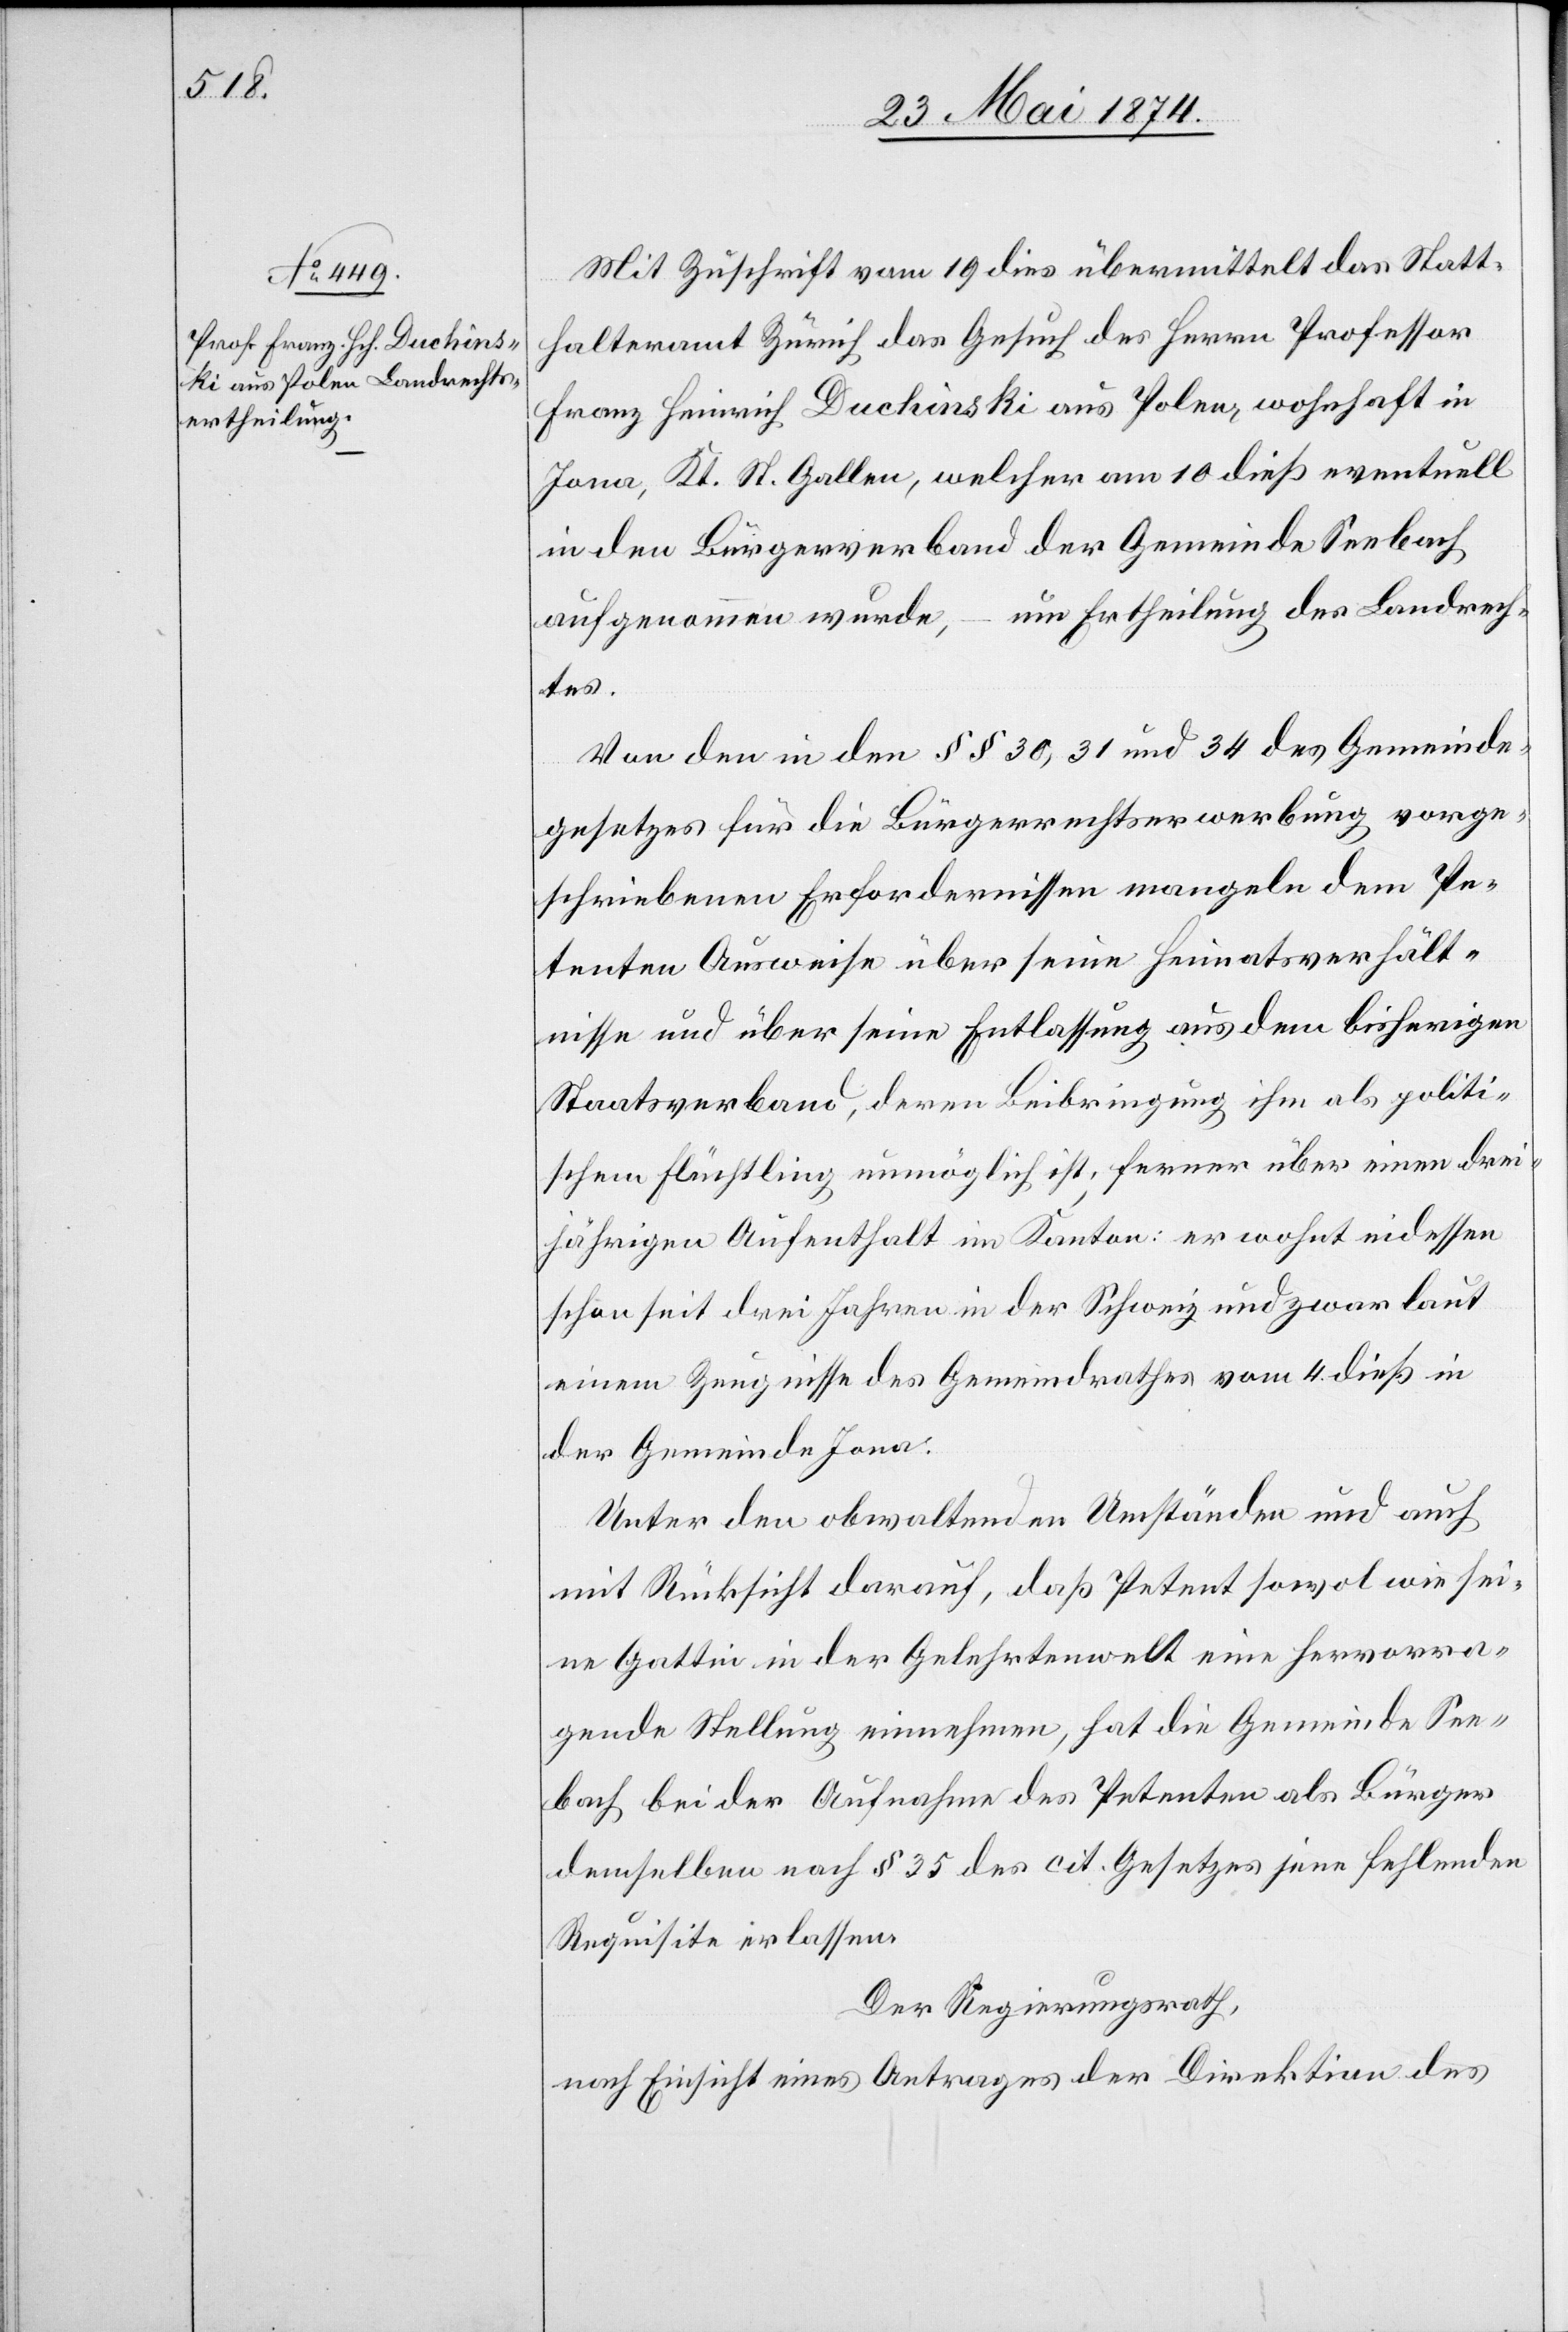
Mit Zuschrift vom 19. dies übermittelt das Statt¬
halteramt Zürich das Gesuch des Herrn Professor
Franz Heinrich Duchinski aus Polen, wohnhaft in
Jona, Kt. St. Gallen, welcher am 10. dies eventuell
in den Bürgerverband der Gemeinde Seebach
aufgenommen wurde, – um Ertheilung des Landrech¬
tes.
Von den in den §§ 30, 31 und 34 des Gemeinde¬
gesetzes, für die Bürgerrechtserwerbung vorge¬
schriebenen Erfordernissen mangeln dem Pe¬
tenten Ausweise über seine Heimatverhält¬
nisse und über seine Entlassung aus dem bisherigen
Staatsverbande, deren Beibringung ihm als politi¬
schen Flüchtling unmöglich ist, ferner über einen drei¬
jährigen Aufenthalt im Kanton: er wohnt indessen
schon seit drei Jahren in der Schweiz und zwar laut
einem Zeugnisse des Gemeindrathes vom 4. dies in
der Gemeinde Jona.
Unter den obwaltenden Umständen und auch
mit Rücksicht darauf, daß Petent sowol wie sei¬
ne Gattin in der Gelehrtenwelt eine hervorra¬
gende Stellung einnehmen, hat die Gemeinde See¬
bach bei der Aufnahme des Petenten als Bürger
demselben nach § 35 des cit. Gesetzes jene fehlenden
Requisite erlassen.
Der Regierungsrath,
nach Einsicht eines Antrages der Direktion des